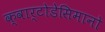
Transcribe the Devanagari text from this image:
क्वार्टोडेसिमानो